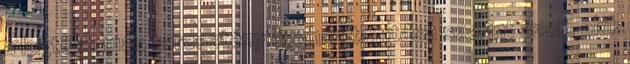
a legtöbb más keresztény egyház tanítása szerint azok, akik